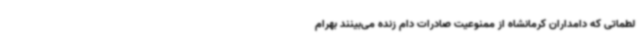
لطماتی که دامداران کرمانشاه از ممنوعیت صادرات دام زنده می‌بینند بهرام